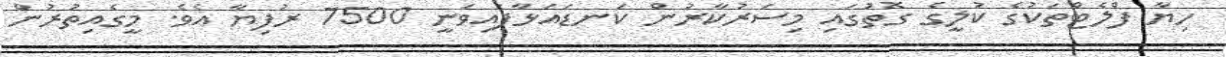
ހިޔާ ފްލެޓްތަކުގެ ކުލީގެ ގޮތުގައި މިސަރުކާރުން ކަނޑައަޅާފައިވަނީ 7500 ރުފިޔާ އެވެ. މީގެއިތުރުން